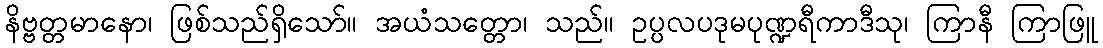
နိဗ္ဗတ္တမာနော၊ ဖြစ်သည်ရှိသော်။ အယံသတ္တော၊ သည်။ ဥပ္ပလပဒုမပုဏ္ဍရီကာဒီသု၊ ကြာနီ ကြာဖြူ